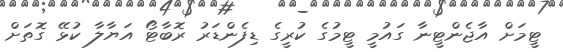
ޓީމަށް އާޖެންޓީނާ ގައުމީ ޓީމުގެ ކުރީގެ ޑިފެންޑަރު ރޮބާޓޯ އަޔާލާ ކުޅޭ ގޮތަށް